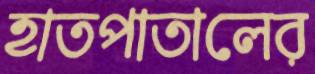
হাতপাতালের